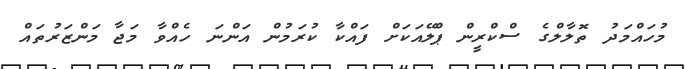
މުހައްމަދު ތޮލާލްގެ ސްކްރީން ޕްލޭއަކަށް ފައްކާ ކުރަމުން އަންނަ ހެއްވާ މަޖާ މަންޒަރުތައް